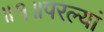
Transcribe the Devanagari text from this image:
॥१॥परल्यां